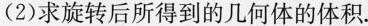
(2)求旋转后所得到的几何体的体积。